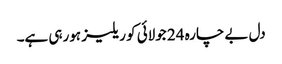
دل بے چارہ 24 جولائی کو ریلیز ہورہی ہے۔